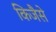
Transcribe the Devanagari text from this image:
किजैसे